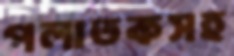
পলাতকসহ